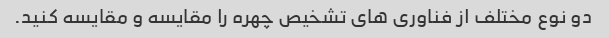
دو نوع مختلف از فناوری های تشخیص چهره را مقایسه و مقایسه کنید.